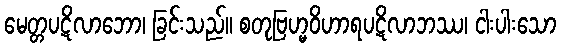
မေတ္တပဋိလာဘော၊ ခြင်းသည်။ စတုဗြဟ္မဝိဟာရပဋိလာဘဿ၊ ငါးပါးသော